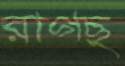
রাগছ